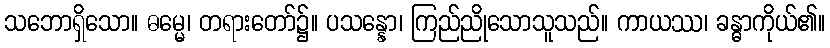
သဘောရှိသော။ ဓမ္မေ၊ တရားတော်၌။ ပသန္နော၊ ကြည်ညိုသောသူသည်။ ကာယဿ၊ ခန္ဓာကိုယ်၏။